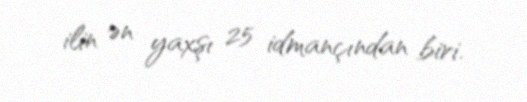
ilin ən yaxşı 25 idmançından biri.